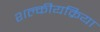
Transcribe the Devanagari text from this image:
शल्कीयक्रिया